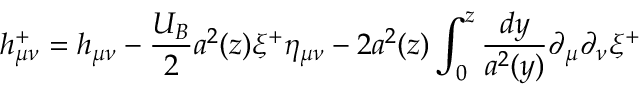
h _ { \mu \nu } ^ { + } = h _ { \mu \nu } - \frac { U _ { B } } { 2 } a ^ { 2 } ( z ) \xi ^ { + } \eta _ { \mu \nu } - 2 a ^ { 2 } ( z ) \int _ { 0 } ^ { z } \frac { d y } { a ^ { 2 } ( y ) } \partial _ { \mu } \partial _ { \nu } \xi ^ { + }